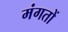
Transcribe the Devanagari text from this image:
मंगतों